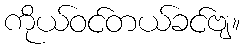
ကိုယ်ဝင်တယ်ခင်ဗျ။